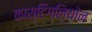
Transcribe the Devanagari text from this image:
कास्टिग्लियोन